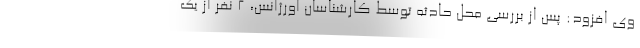
وی افزود: پس از بررسی محل حادثه توسط کارشناسان اورژانس، ۲ نفر از یک